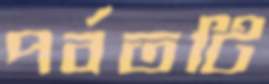
পর্বতটি